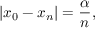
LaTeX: | x _ { 0 } - x _ { n } | = { \frac { \alpha } { n } } , \quad